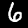
Digit: 6